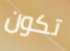
تكون